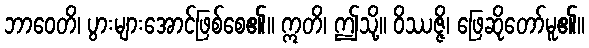
ဘာဝေတိ၊ ပွားများအောင်ဖြစ်စေ၏။ ဣတိ၊ ဤသို့။ ဝိဿဇ္ဇိ၊ ဖြေဆိုတော်မူ၏။